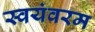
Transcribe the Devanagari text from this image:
स्वयंवरम